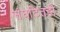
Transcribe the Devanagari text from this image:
संघटितही